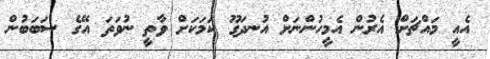
އެއީ މައްޗަށް އެރުން އެމީހުންނަށް އުނދަގޫ ކަމަކަށް ވާތީ ނުވަތަ އޭގެ ސަބަބުން